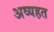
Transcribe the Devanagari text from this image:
अव्यहत